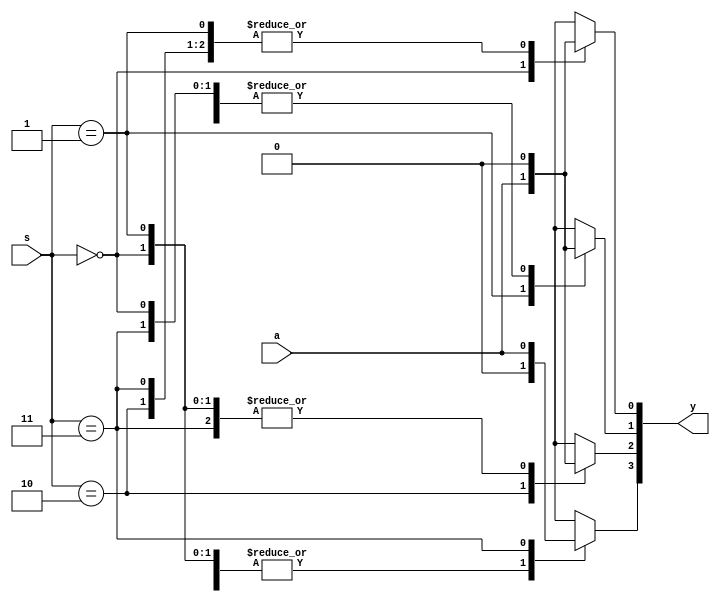
`timescale 1ns / 1ps
module demux_1to4(a,s,y);
    input a;
    input [1:0]s;
    output reg [3:0]y;
    always@(*) begin
       y=4'b0000;
       case (s)
        2'b00: y[0]=a;
        2'b01: y[1]=a;
        2'b10: y[2]=a;
        2'b11: y[3]=a;
       endcase
     end
endmodule